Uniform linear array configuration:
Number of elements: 64
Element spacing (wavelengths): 1
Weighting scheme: binomial
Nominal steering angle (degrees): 60
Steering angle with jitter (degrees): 59.056
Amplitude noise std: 0.05
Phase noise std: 0.05

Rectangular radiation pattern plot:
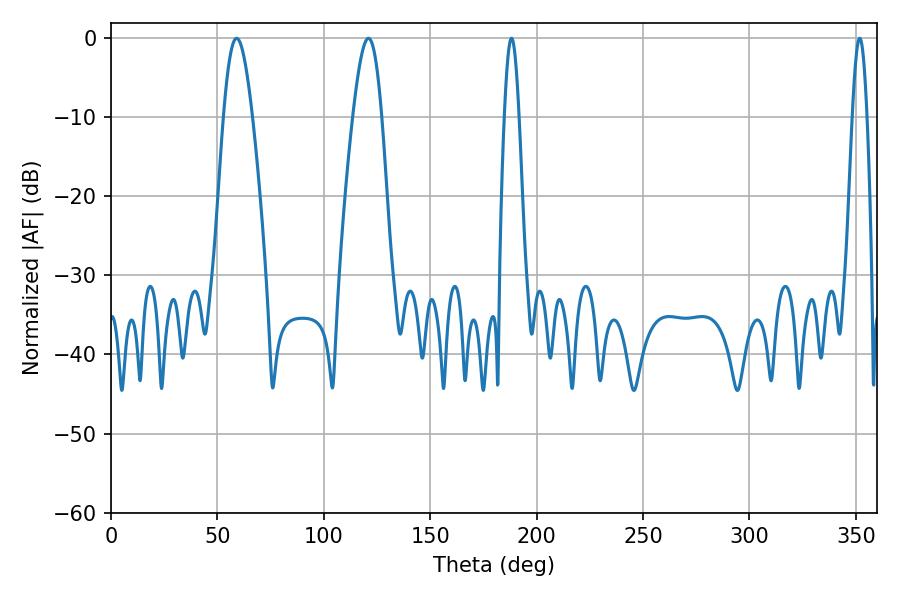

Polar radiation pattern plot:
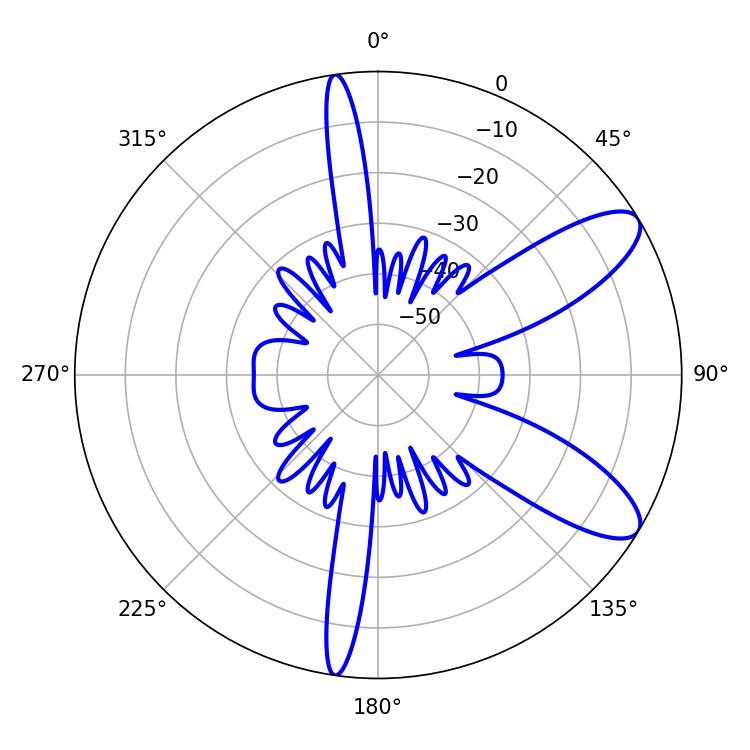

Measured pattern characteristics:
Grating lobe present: TRUE
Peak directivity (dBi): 9.613
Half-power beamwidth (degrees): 7.2
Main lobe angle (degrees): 59.04